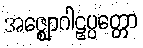
အဇ္ဈောဂါဠှပ္ပတ္တော